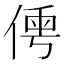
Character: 𠋐